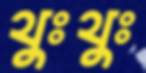
থুঃথুঃ